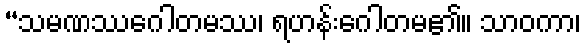
“သမဏဿဂေါတမဿ၊ ရဟန်းဂေါတမ၏။ သာဝကာ၊